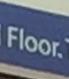
floor.